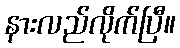
နားလည်လိုက်ပြီ။